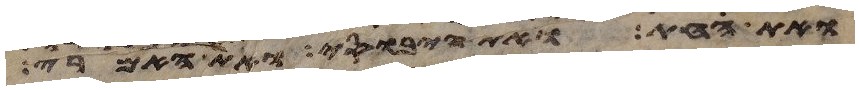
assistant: ואת החת ואת היבוסי ואת האמרי